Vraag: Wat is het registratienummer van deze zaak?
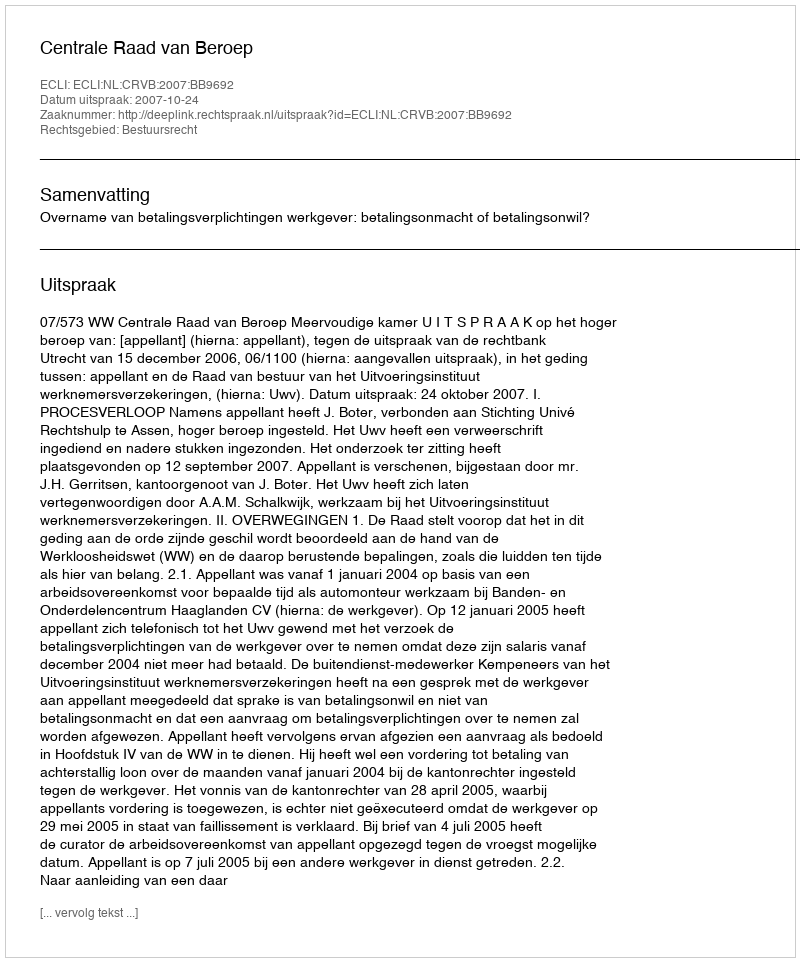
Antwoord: http://deeplink.rechtspraak.nl/uitspraak?id=ECLI:NL:CRVB:2007:BB9692